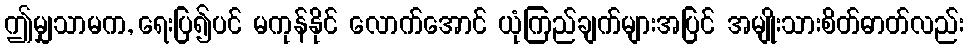
ဤမျှသာမက, ရေးပြ၍ပင် မကုန်နိုင် လောက်အောင် ယုံကြည်ချက်များအပြင် အမျိုးသားစိတ်ဓာတ်လည်း